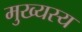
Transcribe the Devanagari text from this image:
मुख्यस्य